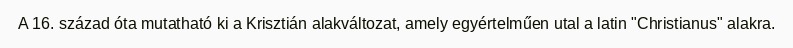
A 16. század óta mutatható ki a Krisztián alakváltozat, amely egyértelműen utal a latin "Christianus" alakra.